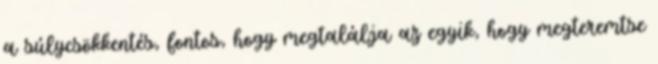
a súlycsökkentés, fontos, hogy megtalálja az egyik, hogy megteremtse